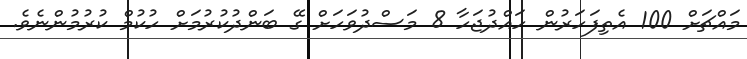
މައްޗަށް 100 އެތިފަހަރުން ހައްދުޖަހާ 8 މަސްދުވަހަށް ގޭ ބަންދުކުރުމަށް ހުކުމް ކުރުމުންނެވެ.